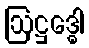
ဩဋ္ဌဒ္ဓေါ